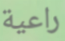
راعية